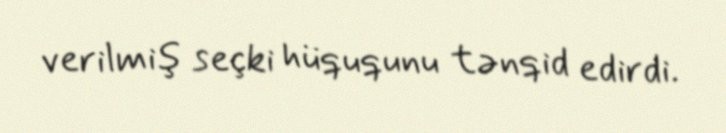
verilmiş seçki hüququnu tənqid edirdi.